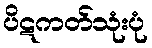
ပိဋကတ်သုံးပုံ